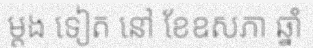
ម្តង ទៀត នៅ ខែឧសភា ឆ្នាំ